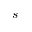
s